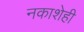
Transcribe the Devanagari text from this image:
नकाशेही